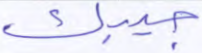
جيبك